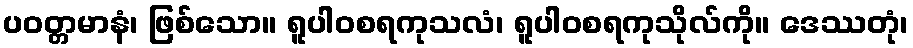
ပဝတ္တမာနံ၊ ဖြစ်သော။ ရူပါဝစရကုသလံ၊ ရူပါဝစရကုသိုလ်ကို။ ဒေဿတုံ၊